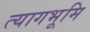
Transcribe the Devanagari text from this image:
त्यागभूमि